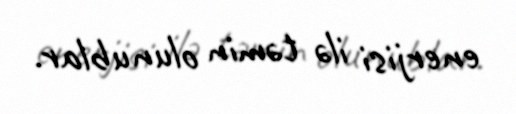
enerjisi ilə təmin olunublar.